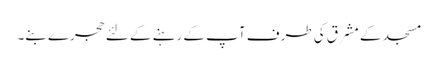
مسجد کے مشرق کی طرف آپ کے رہنے کے لئے حجرے بنے۔